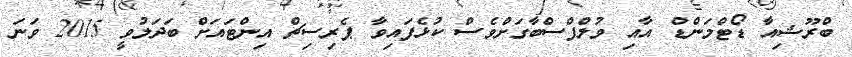
ބްރޫޝިއާ ޑޯޓްމަންޑް އާއި ވުލްފްސްބާގަށްވެސް ކުޅެފައިވާ ޕެރިސިޗް އިންޓައަށް ބަދަލުވީ 2015 ވަނަ